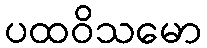
ပထဝိသမော